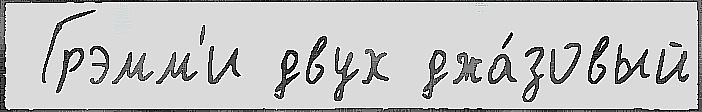
 Грэмм'и двух джа́зовый